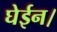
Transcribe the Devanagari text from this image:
घेईन।